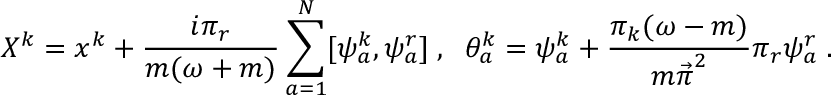
X ^ { k } = x ^ { k } + \frac { i \pi _ { r } } { m ( \omega + m ) } \sum _ { a = 1 } ^ { N } [ \psi _ { a } ^ { k } , \psi _ { a } ^ { r } ] \; , \; \; \theta _ { a } ^ { k } = \psi _ { a } ^ { k } + \frac { \pi _ { k } ( \omega - m ) } { { m \vec { \pi } } ^ { 2 } } \pi _ { r } \psi _ { a } ^ { r } \; .